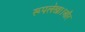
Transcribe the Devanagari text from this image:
रूपलेखा।और